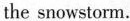
the snowstorm.